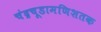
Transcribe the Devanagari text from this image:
चंद्रचूडामणिशतक